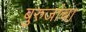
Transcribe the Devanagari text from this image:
बुरुजांचा